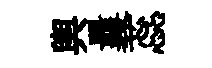
輿曩蕊